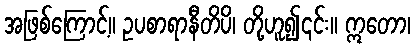
အဖြစ်ကြောင့်။ ဥပစာရာနီတိပိ၊ တို့ဟူ၍၎င်း။ ဣတော၊